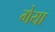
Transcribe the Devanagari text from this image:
गेया